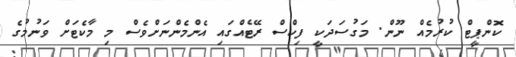
ކޮންޕީޓް ކުރުމެއް ނޫން. މަގުސަދަކީ ފިކްސް ރޭޓެއްގައި އެންމެންނަށްވެސް މި މާކެޓަށް ވަނުމުގެ